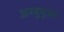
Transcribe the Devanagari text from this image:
अम्बुपुआ